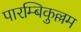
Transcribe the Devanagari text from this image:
पारम्बिकुल्लम